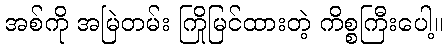
အစ်ကို အမြဲတမ်း ကြိုမြင်ထားတဲ့ ကိစ္စကြီးပေါ့။